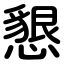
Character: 懇